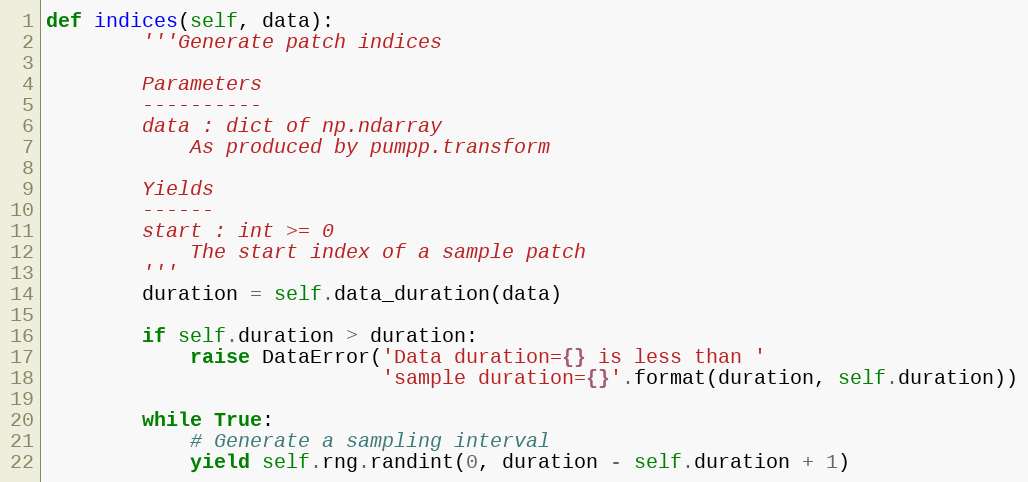
Language: Python
def indices(self, data):
        '''Generate patch indices

        Parameters
        ----------
        data : dict of np.ndarray
            As produced by pumpp.transform

        Yields
        ------
        start : int >= 0
            The start index of a sample patch
        '''
        duration = self.data_duration(data)

        if self.duration > duration:
            raise DataError('Data duration={} is less than '
                            'sample duration={}'.format(duration, self.duration))

        while True:
            # Generate a sampling interval
            yield self.rng.randint(0, duration - self.duration + 1)